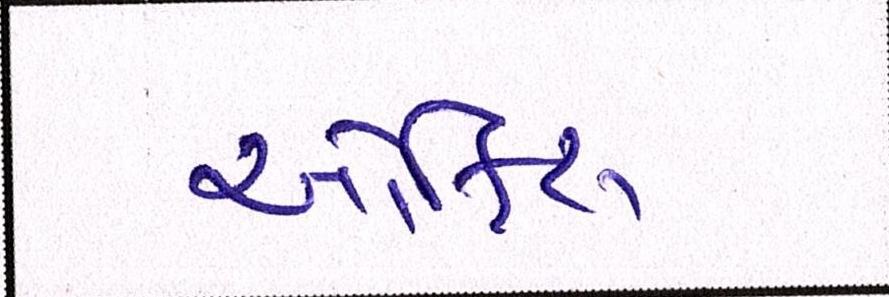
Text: ઑફિસ